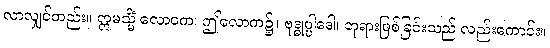
လာလျှင်တည်း။ ဣမသ္မိံ လောကေ၊ ဤလောက၌။ ဗုဒ္ဓုပ္ပါဒေါ၊ ဘုရားဖြစ်ခြင်းသည် လည်းကောင်း။